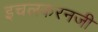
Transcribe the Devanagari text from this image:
इचलकरनजी